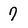
Character: 7